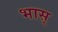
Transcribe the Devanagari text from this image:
भास्